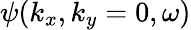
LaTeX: \psi(k_{x},k_{y}=0,\omega)